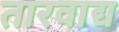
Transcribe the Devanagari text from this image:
तारवाद्य